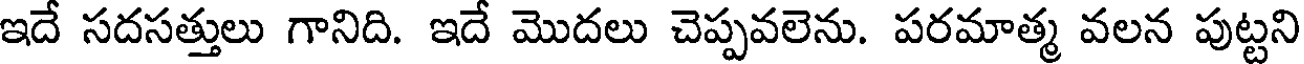
ఇదే సదసత్తులు గానిది. ఇదే మొదలు చెప్పవలెను. పరమాత్మ వలన పుట్టని